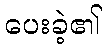
ပေးခဲ့၏